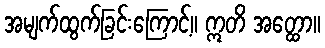
အမျက်ထွက်ခြင်းကြောင့်။ ဣတိ အတ္ထော။